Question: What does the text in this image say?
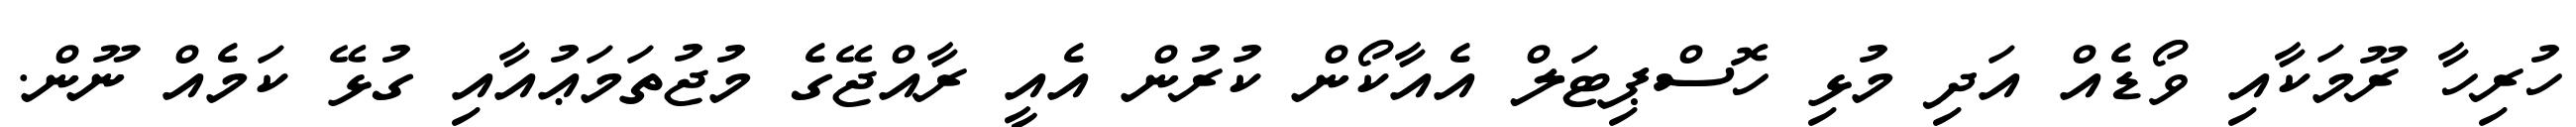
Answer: ހުރިހާ ރޫމަކާއި ވޯޑެއް އަދި މުޅި ހޮސްޕިޓަލް އެއާކޯން ކުރުން އެއީ ރާއްޖޭގެ މުޖުތަމަޢުއާއި ގުޅޭ ކަމެއް ނޫން.